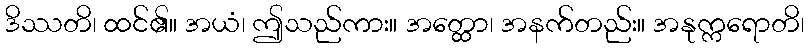
ဒိဿတိ၊ ထင်၏။ အယံ၊ ဤသည်ကား။ အတ္ထော၊ အနက်တည်း။ အနုက္ကရောတိ၊